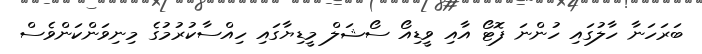
ބަރަހަނާ ހާލުގައި ހުންނަ ފޮޓޯ އާއި ވީޑިއޯ ސޯޝަލް މީޑިޔާގައި ހިއްސާކުރުމުގެ މިނިވަންކަންވެސް